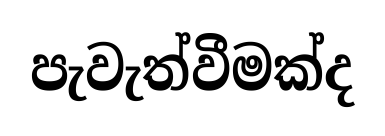
පැවැත්වීමක්ද